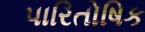
પારિતોષિક